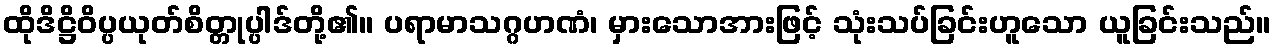
ထိုဒိဋ္ဌိဝိပ္ပယုတ်စိတ္တုပ္ပါဒ်တို့၏။ ပရာမာသဂ္ဂဟဏံ၊ မှားသောအားဖြင့် သုံးသပ်ခြင်းဟူသော ယူခြင်းသည်။